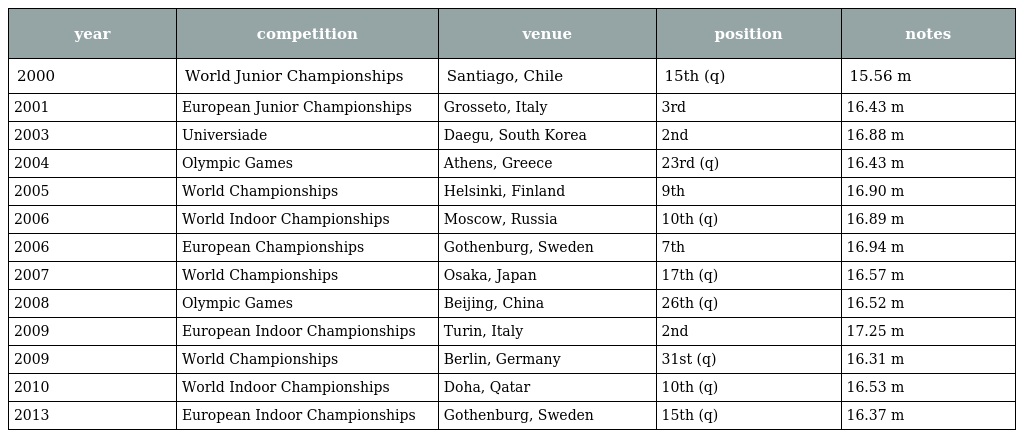
| year | competition | venue | position | notes |
 | --- | --- | --- | --- | --- |
 | 2000 | World Junior Championships | Santiago, Chile | 15th (q) | 15.56 m |
 | 2001 | European Junior Championships | Grosseto, Italy | 3rd | 16.43 m |
 | 2003 | Universiade | Daegu, South Korea | 2nd | 16.88 m |
 | 2004 | Olympic Games | Athens, Greece | 23rd (q) | 16.43 m |
 | 2005 | World Championships | Helsinki, Finland | 9th | 16.90 m |
 | 2006 | World Indoor Championships | Moscow, Russia | 10th (q) | 16.89 m |
 | 2006 | European Championships | Gothenburg, Sweden | 7th | 16.94 m |
 | 2007 | World Championships | Osaka, Japan | 17th (q) | 16.57 m |
 | 2008 | Olympic Games | Beijing, China | 26th (q) | 16.52 m |
 | 2009 | European Indoor Championships | Turin, Italy | 2nd | 17.25 m |
 | 2009 | World Championships | Berlin, Germany | 31st (q) | 16.31 m |
 | 2010 | World Indoor Championships | Doha, Qatar | 10th (q) | 16.53 m |
 | 2013 | European Indoor Championships | Gothenburg, Sweden | 15th (q) | 16.37 m |